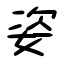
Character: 姿